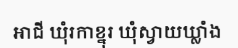
អាជី ឃុំរកាខ្នុរ ឃុំស្វាយឃ្លាំង